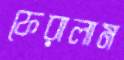
ফেরালাম